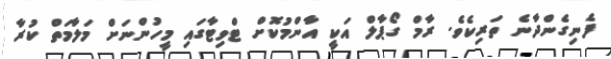
ފެނިގެންދާނެ ތަރިކެވެ. ރާމް ގޯޕާލް އަކީ އާންމުކޮށް ޓްވިޓާގައި މީހުންނަށް މަލާމަތް ކުރާ